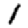
Digit: 1